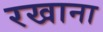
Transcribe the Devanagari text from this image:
रखाना